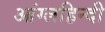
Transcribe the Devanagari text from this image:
आंग्लहिन्दी